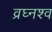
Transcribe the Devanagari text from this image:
व्रघ्नश्व